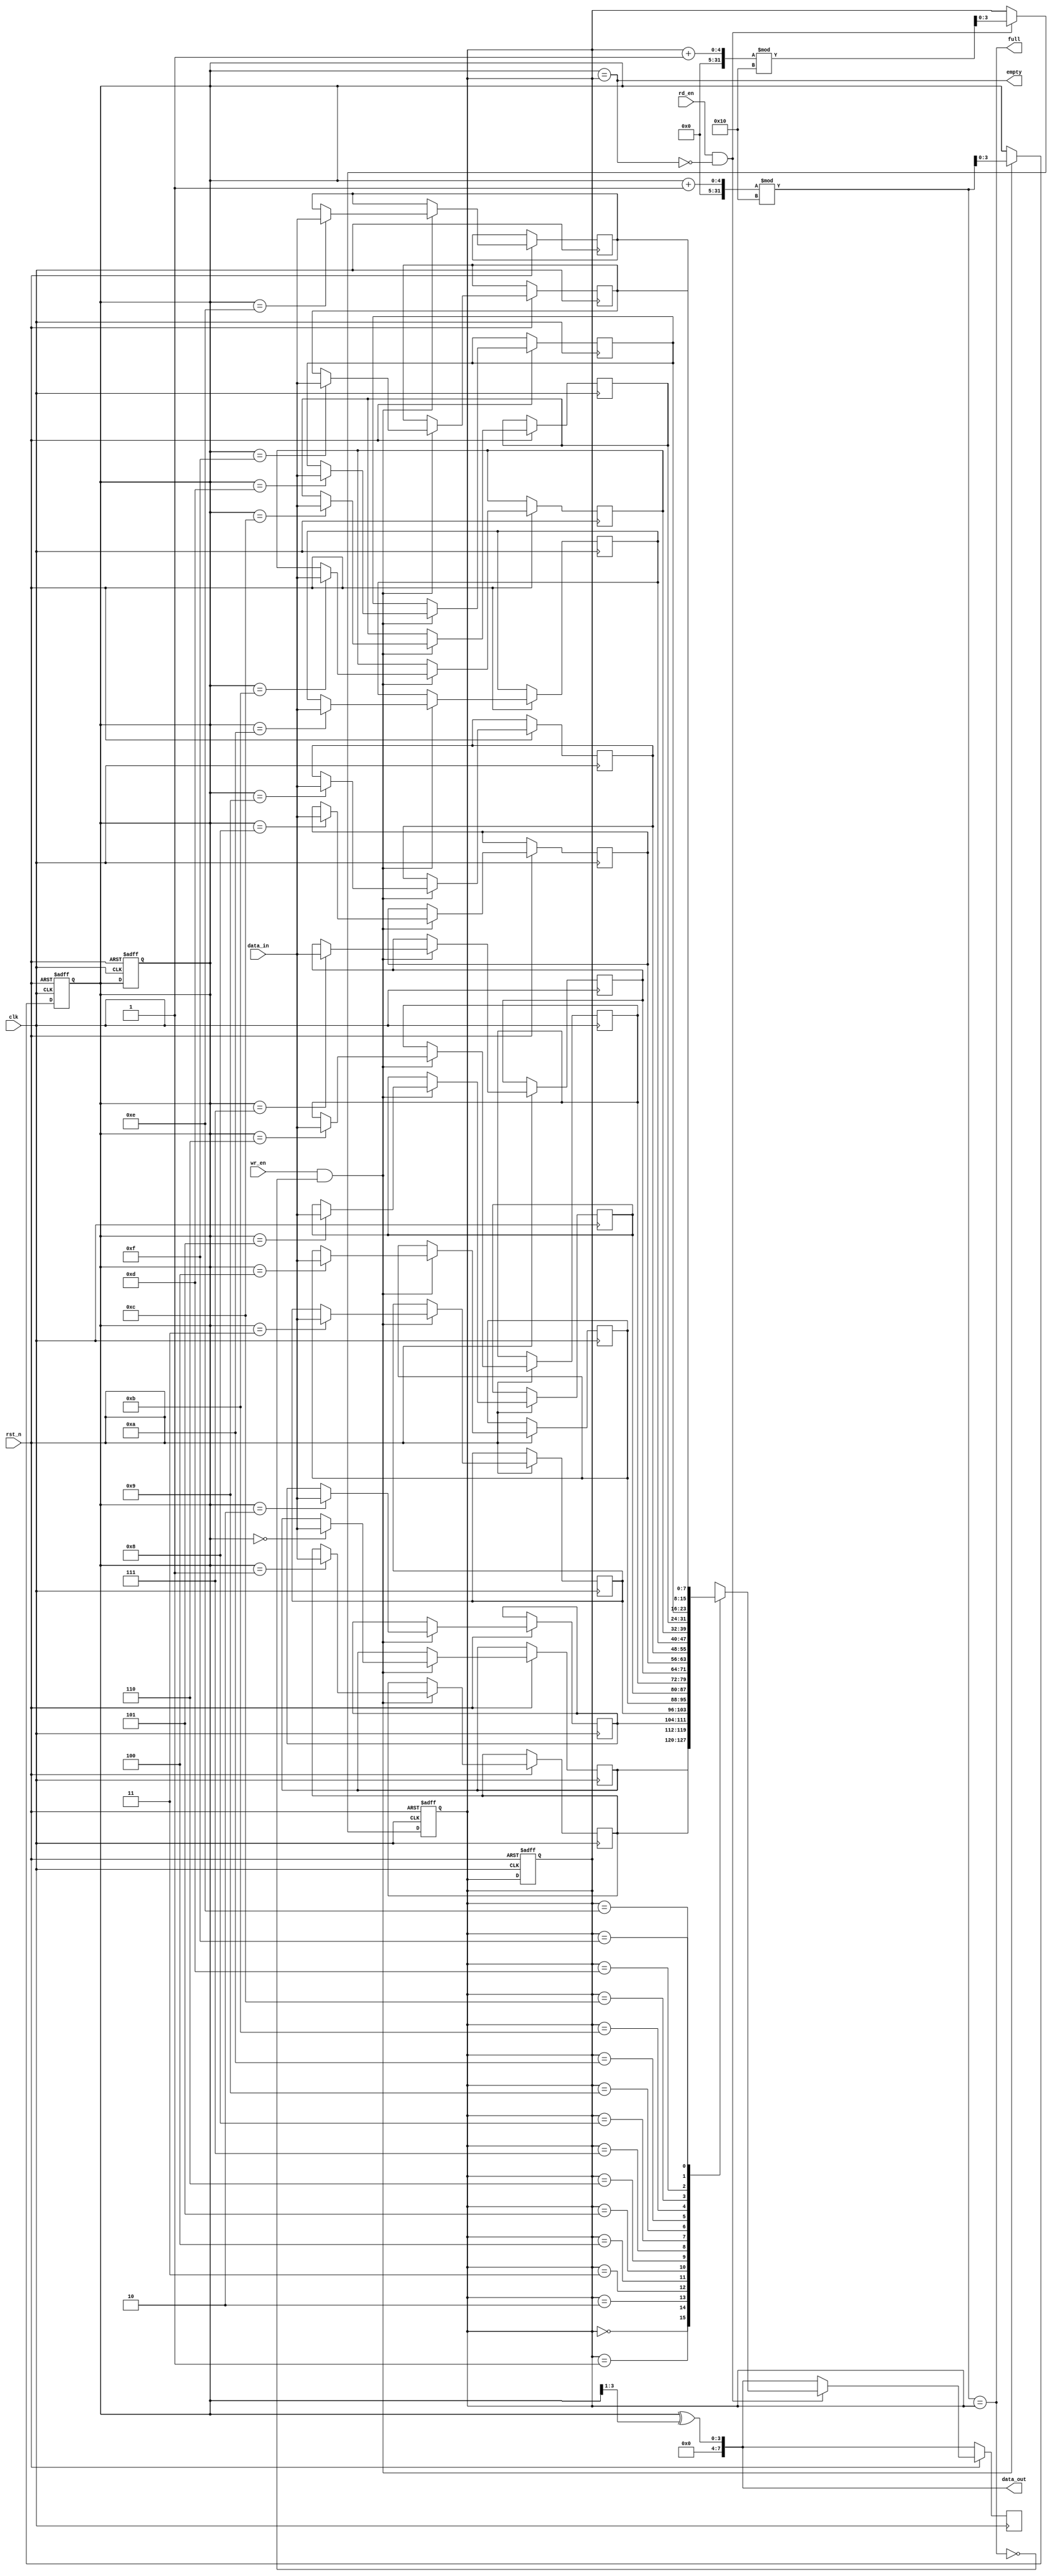
module gray_fifo (
  input wire clk,
  input wire rst_n,
  input wire wr_en,
  input wire rd_en,
  input wire [DATA_WIDTH-1:0] data_in,
  output reg [DATA_WIDTH-1:0] data_out,
  output reg full,
  output reg empty
);

parameter DATA_WIDTH = 8;
parameter ADDR_WIDTH = $clog2(DEPTH);
parameter DEPTH = 16;

reg [DATA_WIDTH-1:0] mem [0:DEPTH-1];
reg [ADDR_WIDTH-1:0] wr_ptr, rd_ptr;

// Gray code encoding logic
assign data_out = (wr_ptr ^ (wr_ptr >> 1));
assign empty = (wr_ptr == rd_ptr);
assign full = ((wr_ptr + 1) % DEPTH == rd_ptr);

// Write operation
always @(posedge clk or negedge rst_n) begin
  if (~rst_n) begin
    wr_ptr <= 0;
    rd_ptr <= 0;
  end else if (wr_en && ~full) begin
    mem[wr_ptr] <= data_in;
    wr_ptr <= (wr_ptr + 1) % DEPTH;
  end
end

// Read operation
always @(posedge clk or negedge rst_n) begin
  if (~rst_n) begin
    wr_ptr <= 0;
    rd_ptr <= 0;
  end else if (rd_en && ~empty) begin
    data_out <= mem[rd_ptr];
    rd_ptr <= (rd_ptr + 1) % DEPTH;
  end
end

endmodule